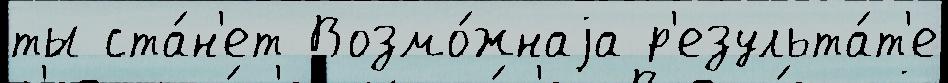
ты ста́н'ет Возмо́жнаjа р'езульта́т'е